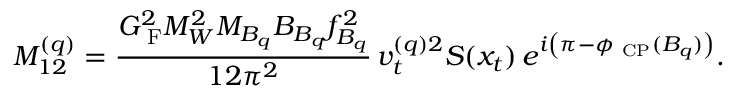
M _ { 1 2 } ^ { ( q ) } = \frac { G _ { \mathrm { { \scriptsize ~ F } } } ^ { 2 } M _ { W } ^ { 2 } M _ { B _ { q } } B _ { B _ { q } } f _ { B _ { q } } ^ { 2 } } { 1 2 \pi ^ { 2 } } \, v _ { t } ^ { ( q ) 2 } S ( x _ { t } ) \, e ^ { i \left( \pi - \phi _ { \mathrm { { \scriptsize ~ C P } } } ( B _ { q } ) \right) } .